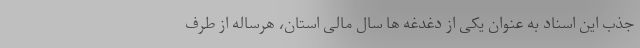
جذب این اسناد به عنوان یکی از دغدغه ها سال مالی استان، هرساله از طرف